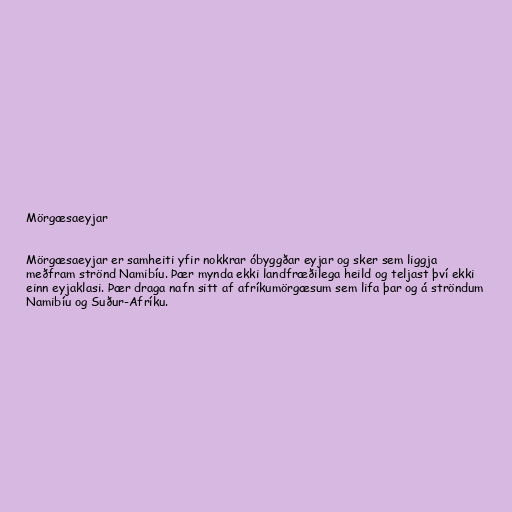
Mörgæsaeyjar

Mörgæsaeyjar er samheiti yfir nokkrar óbyggðar eyjar og sker sem liggja
meðfram strönd Namibíu. Þær mynda ekki landfræðilega heild og teljast því ekki
einn eyjaklasi. Þær draga nafn sitt af afríkumörgæsum sem lifa þar og á ströndum
Namibíu og Suður-Afríku.